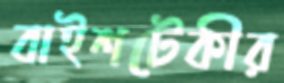
বাইশটেকীর